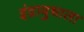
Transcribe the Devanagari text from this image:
इंद्रायुधाला